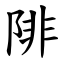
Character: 陫